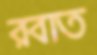
রবাত